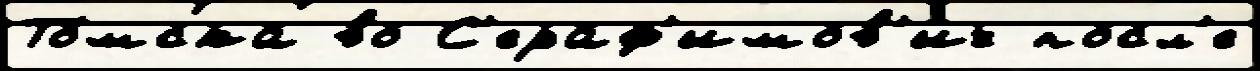
То́мска во С'ераф'имов'ич посл'е